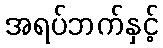
အရပ်ဘက်နှင့်